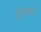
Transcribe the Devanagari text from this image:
टेट्राक्लोरो